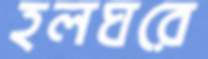
হলঘরে